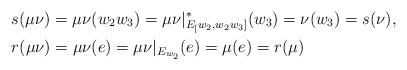
\begin{align*}&s(\mu\nu)=\mu\nu(w_2w_3)= \mu\nu|^*_{E_[w_2, w_2w_3]}(w_3)=\nu(w_3)=s(\nu), \\&r(\mu\nu) = \mu\nu(e) = \mu\nu|_{E_{w_2}}(e) = \mu(e) = r(\mu)\end{align*}